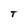
Character: T